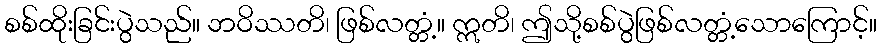
စစ်ထိုးခြင်းပွဲသည်။ ဘဝိဿတိ၊ ဖြစ်လတ္တံ့။ ဣတိ၊ ဤသို့စစ်ပွဲဖြစ်လတ္တံ့သောကြောင့်။